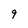
Character: 9